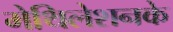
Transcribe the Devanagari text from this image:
मेथिलेशनके